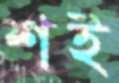
শই